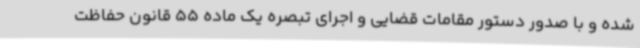
شده و با صدور دستور مقامات قضایی و اجرای تبصره یک ماده 55 قانون حفاظت